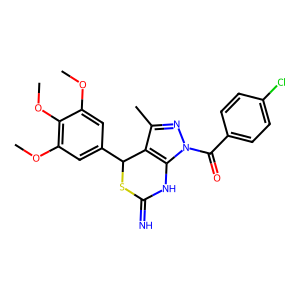
SMILES: COc1cc(C2SC(=N)Nc3c2c(C)nn3C(=O)c2ccc(Cl)cc2)cc(OC)c1OC
Inhibits HIV replication: No